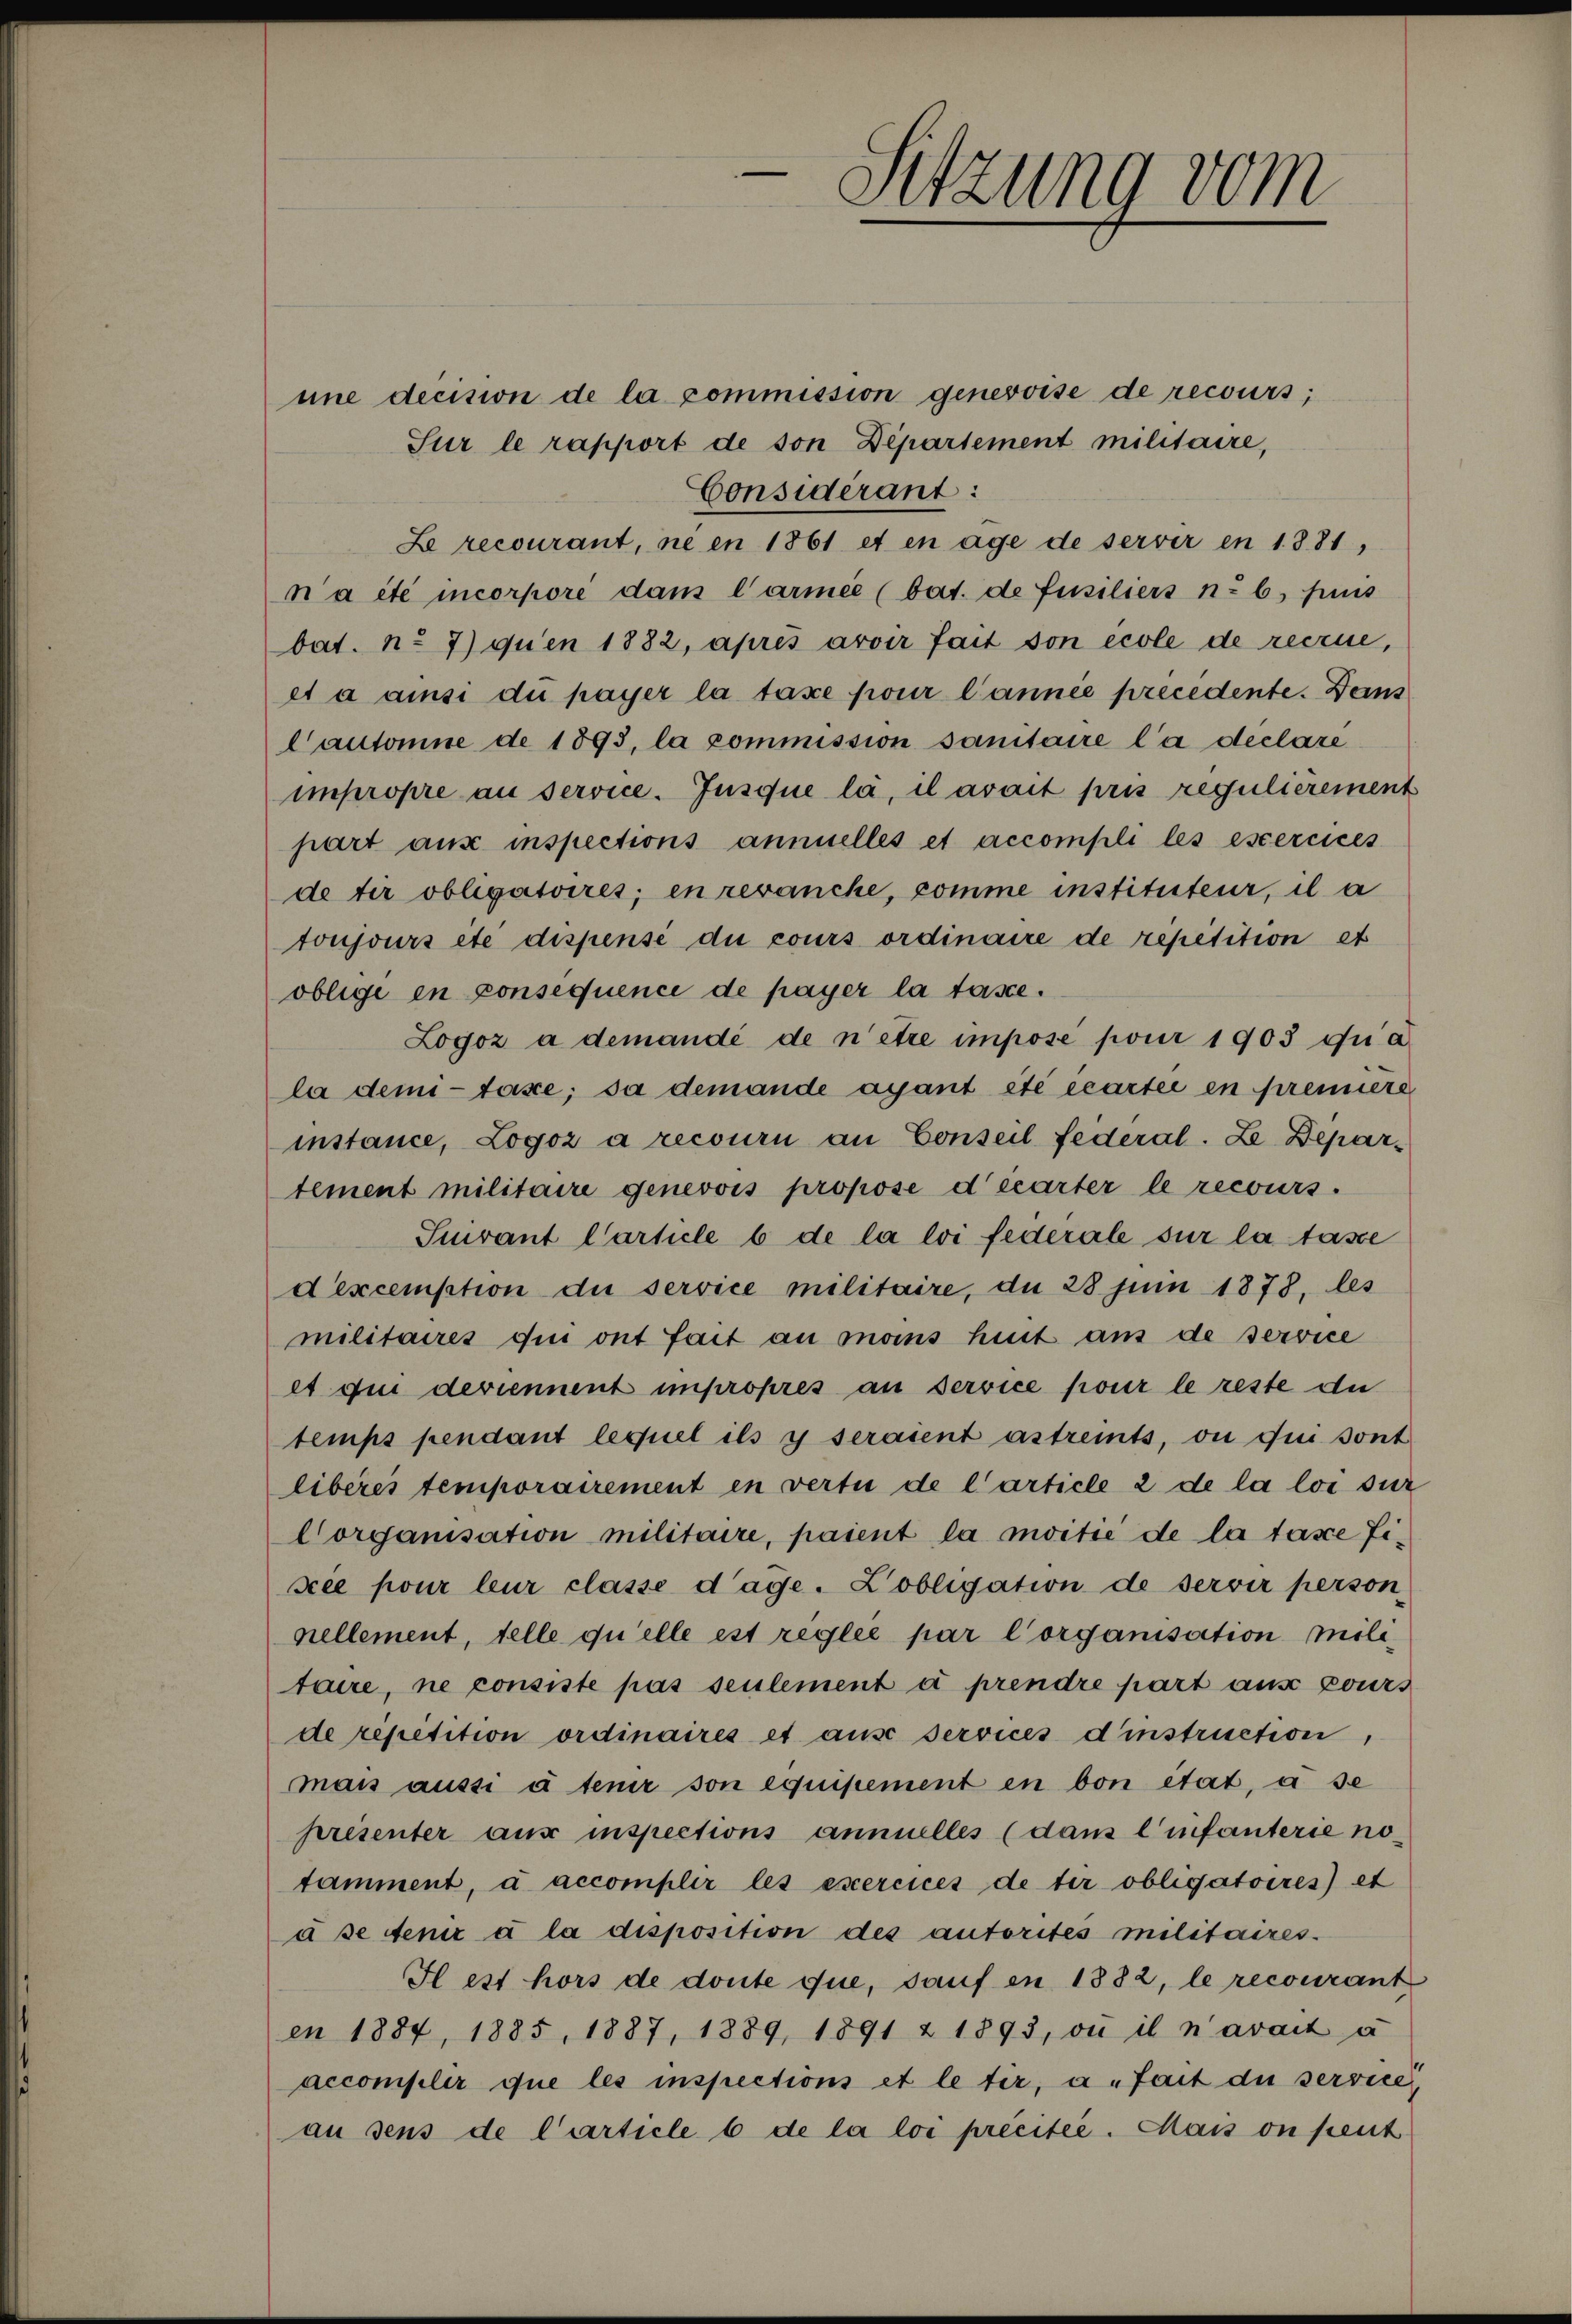
Sitzung vom

une decision de la commission genevoise de recours;
Sur le rapport de son Departement militaire,
Considérant:
Le recourant, ne en 1861 et en age de servir en 1881,
n a été incorpore dans l’armée (bat. de Füsiliers n: b) puis
bat. n. 7) qu’en 1882, après avoir fait son école de recrue,
et à ainsi du payer la taxe pour l’année precedente. Dans
Cantonne de 1893, la commission sanitaire la declare
impropre au service. Jusque là, il avait pris regulierement
part aus inspections annuelles et accompli les esercices
de tir obligatoires; en revanche, comme instituteur, il a
toujours été dispensé du cours ordinaire de repetition et
oblige en conséquence de payer la tasse.
Logoz a demandé de n’être impose pour 1903 qui a
la demi- taxe, da demande ayant été écartei en premiere
instance, Logoz a recourn an Conseil federal. Le Departement militaire genevois propose décarter le recours.
Suivant Carticle b de la loi federale sur la tasse
dexcemption du service militaire, du 28 Juin 1878, les
militaires qui ont fait an mans heut aus de service
et qui deviennent impropres an service pour le reste di
temps pendant lequel ils y seraient astreits, ou qui sont
liberes temporairement in vertu de l’article 2 de la loi sur
Corganisation militaire, paient la moitié de la tasce Fixée pour leur classe dage. Kobligation de servir person
nellement, telle qu’elle est réglée par Corganisation militaire, ne consiste pas seulement à prendre part aus pours
de répétition ordinaires et ause services d’instruction,
mais aussi à tenir son équipement en bon état, a se
présenter aus inspections annuelles (dans l’infanterie nötamment, à accomplir les excercices de tir obligatoires) et
à se tenir à la disposition des autorites militaires.
Il est hors de donte que, sauf en 1882, le recourant
en 1887, 1885, 1887, 1889, 1891 u 1893, où il n’avait à
accompler que les inspections et le tir, a. fait die service
an dens de Carticle 6 de la loi preeisee. Mais on peut